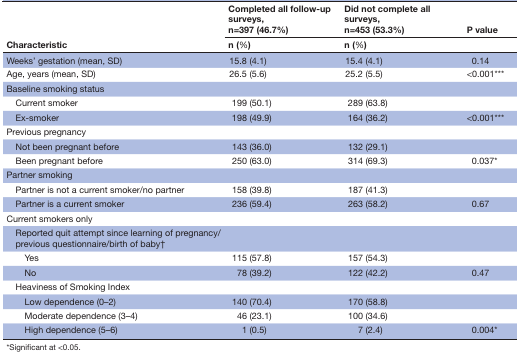
| <ROWSPAN=2> Characteristic | Completed all follow-up surveys, n=397 (46.7%) | Did not complete all surveys, n=453 (53.3%) | P value |
 | n (%) | n (%) |  |
 | --- | --- | --- | --- |
 | Weeks’ gestation (mean, SD) | 15.8 (4.1) | 15.4 (4.1) | 0.14 |
 | Age, years (mean, SD) | 26.5 (5.6) | 25.2 (5.5) | <0.001*** |
 | Baseline smoking status |  |  |  |
 | Current smoker | 199 (50.1) | 289 (63.8) |  |
 | Ex-smoker | 198 (49.9) | 164 (36.2) | <0.001*** |
 | Previous pregnancy |  |  |  |
 | Not been pregnant before | 143 (36.0) | 132 (29.1) |  |
 | Been pregnant before | 250 (63.0) | 314 (69.3) | 0.037* |
 | Partner smoking |  |  |  |
 | Partner is not a current smoker/no partner | 158 (39.8) | 187 (41.3) |  |
 | Partner is a current smoker | 236 (59.4) | 263 (58.2) | 0.67 |
 | Current smokers only |  |  |  |
 | Reported quit attempt since learning of pregnancy/previous questionnaire/birth of baby† |  |  |  |
 | Yes | 115 (57.8) | 157 (54.3) |  |
 | No | 78 (39.2) | 122 (42.2) | 0.47 |
 | Heaviness of Smoking Index |  |  |  |
 | Low dependence (0–2) | 140 (70.4) | 170 (58.8) |  |
 | Moderate dependence (3–4) | 46 (23.1) | 100 (34.6) |  |
 | High dependence (5–6) | 1 (0.5) | 7 (2.4) | 0.004* |